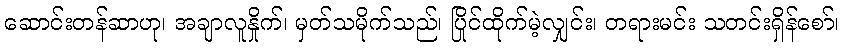
ဆောင်းတန်ဆာဟု၊ အချာလူနှိုက်၊ မှတ်သမိုက်သည်၊ ပြိုင်ထိုက်မဲ့လျှင်း၊ တရားမင်း သတင်းရှိန်စော်၊